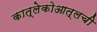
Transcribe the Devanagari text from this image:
कात्लेकोआत्लची